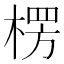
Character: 楞